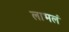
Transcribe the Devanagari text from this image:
लाभलं